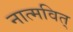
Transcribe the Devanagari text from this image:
नात्मवित्‌